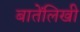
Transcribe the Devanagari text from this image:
बातेंलिखी